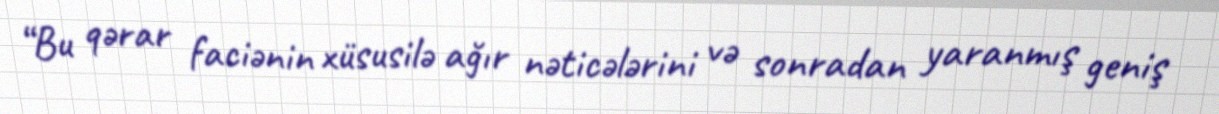
“Bu qərar faciənin xüsusilə ağır nəticələrini və sonradan yaranmış geniş